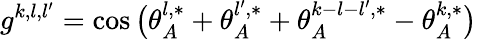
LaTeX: g^{k,l,l^{\prime}}=\cos\big(\theta_{A}^{l,*}+\theta_{A}^{l^{\prime},*}+\theta_{A}^{k-{l}-{l^{\prime}},*}-\theta_{A}^{k,*}\big)